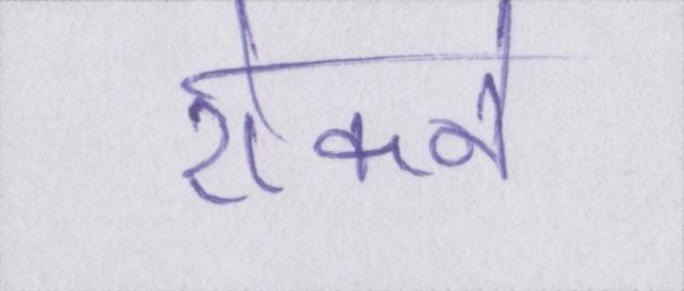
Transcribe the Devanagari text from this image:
रोकने